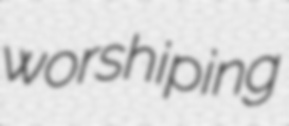
worshiping